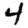
Digit: 4